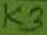
Text: K3